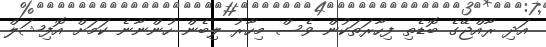
އަދި ރާއްޖޭގެ ބޮޑެތި ފިހާރަތަކުން ވެސް މިހާރު ލިބެން ހުންނާނެ ކަމަށް އޮފިޝަލް